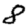
Digit: 8